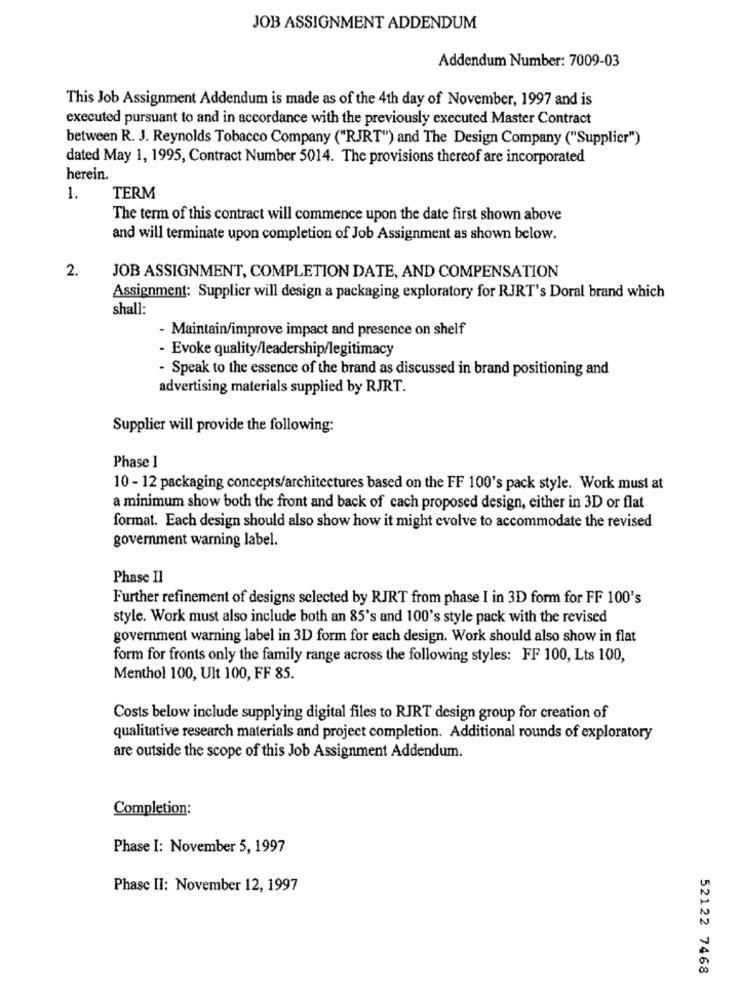
JOB ASSIGNMENT ADDENDUM
Addendum Number: 7009-03
This Job Assignment Addendum is made as of the 4th day of November, 1997 and is
executed pursuant to and in accordance with the previously executed Master Contract
between R. J. Reynolds Tobacco Company ("RJRT") and The Design Company ("Supplier")
dated May 1, 1995, Contract Number 5014. The provisions thereof are incorporated
herein
1.
TERM
The term of this contract will commence upon the date first shown above
and will terminate upon completion of Job Assignment as shown below.
2.
JOB ASSIGNMENT, COMPLETION DATE, AND COMPENSATION
Assignment: Supplier will design a packaging exploratory for RJRT's Doral brand which
shall:
- Maintain/improve impact and presence on shelf
- Evoke quality/leadership/legitimacy
- Speak to the essence of the brand as discussed in brand positioning and
advertising materials supplied by RJRT.
Supplier will provide the following:
Phase 1
10 - 12 packaging concepts/architectures based on the FF 100's pack style. Work must at
a minimum show both the front and back of cach proposed design, either in 3D or flat
format. Each design should also show how it might evolve to accommodate the revised
government warning label.
Phase II
Further refinement of designs selected by RJRT from phase I in 3D form for FF 100's
style. Work must also include both an 85's and 100's style pack with the revised
government warning label in 3D form for each design. Work should also show in flat
form for fronts only the family range across the following styles: FF 100, Lts 100,
Menthol 100, Ult 100, FF 85.
Costs below include supplying digital files to RIRT design group for creation of
qualitative research materials and project completion. Additional rounds of exploratory
are outside the scope of this Job Assignment Addendum.
Completion:
Phase I: November 5, 1997
Phase II: November 12, 1997
52122 7468